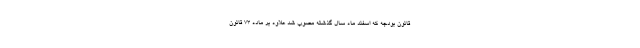
قانون بودجه که اسفند ماه سال گذشته مصوب شد علاوه بر ماده 73 قانون